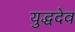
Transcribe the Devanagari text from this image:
युद्धदेव